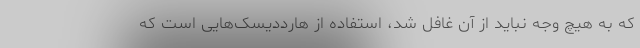
که به هیچ وجه نباید از آن غافل شد، استفاده‌ از هارددیسک‌هایی است که